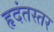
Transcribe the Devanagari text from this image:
हृदंतस्तर